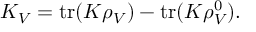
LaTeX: K _ { V } = \mathrm { t r } ( K \rho _ { V } ) - \mathrm { t r } ( K \rho _ { V } ^ { 0 } ) .